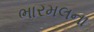
ભારમલના